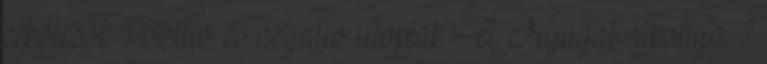
erkölcsök Pozitív és negatív utópiák A Nyugat alkonya ?